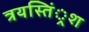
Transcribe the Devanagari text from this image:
त्रयस्तिं्रश